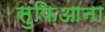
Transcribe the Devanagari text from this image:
सुफ़िआना